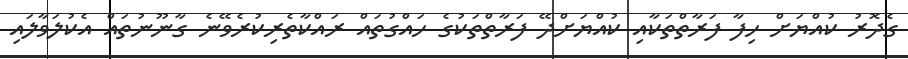
ގެދޮރު ކުއްޔަށް ހިފާ ފަރާތްތަކާއި ކުއްޔަށްދޭ ފަރާތްތަކުގެ ހައްގުތައް ރައްކާތެރިކުރެވޭނެ ގާނޫނުތައް އެކުލަވާލައި